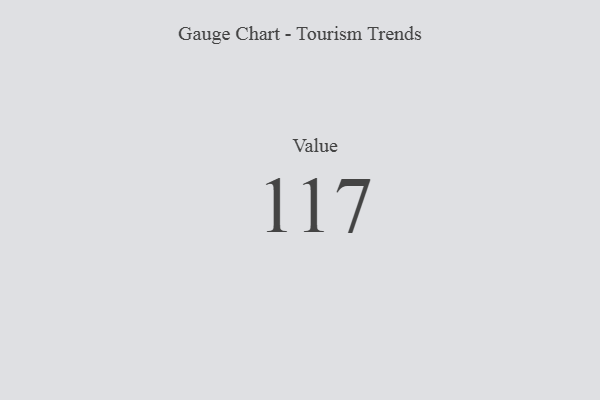
{"axis": {"x": "Metric", "y": "Value"}, "legend": [""], "data": [{"x": "Value", "y": 117, "type": ""}]}